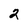
Character: 2